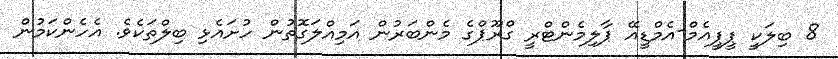
8 ބިލަކީ ޕީޕީއެމް-އެމްޑީއޭ ޕާލިމެންޓްރީ ގްރޫޕްގެ މެންބަރުން އަމިއްލަގޮތުން ހުށައެޅި ބިލްތަކެވެ. އެހެންކަމުން